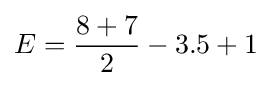
E={\frac {8+7}{2}}-3.5+1